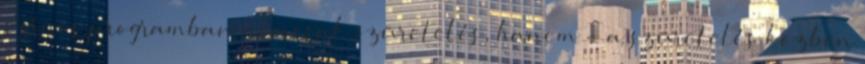
színes programban nemcsak szüretelés, hanem - a szüretelés közben